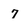
Character: 7